Lunatic asylums Madras 1877-1891 - 1877-1891
Year: 1877
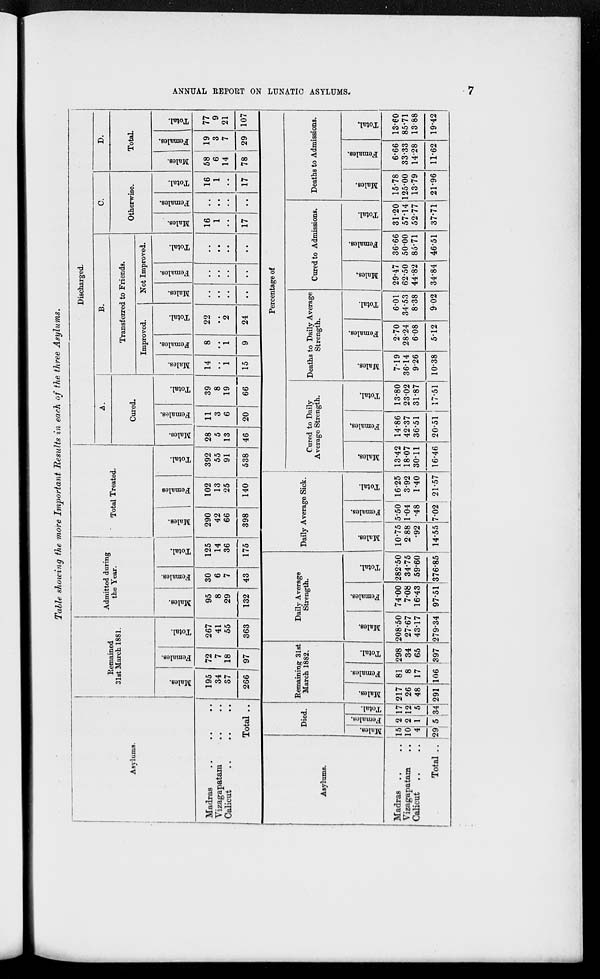
ANNUAL REPORT ON LUNATIC ASYLUMS.
7
Table showing the more Important Results in each of the three Asylums.
Asylums.
Madras .. .. ..
Vizagapatam .. ..
Calicut .. .. ..
Total ..
Remained
31st March 1881.
Males.
195
34
37
266
Females.
72
7
18
97
Total.
267
41
55
363
Admitted during
the Year.
Males.
95
8
29
132
Females.
30
6
7
43
Total.
125
14
36
175
Total Treated.
Males.
290
42
66
398
Females
102
13
25
140
Total.
392
55
91
538
Discharged.
A.
Cured.
Males.
28
5
13
46
Females.
11
3
6
20
Total.
39
8
19
66
B.
Transferred to Friends.
Improved.
Males.
14
..
1
15
Females.
8
..
1
9
Total.
22
..
2
24
Not Improved.
Males.
..
..
..
..
Females.
..
..
..
..
Total.
..
..
..
..
C.
Otherwise.
Males.
16
1
..
17
Females.
..
..
..
..
Total.
16
1
..
17
D.
Total.
Males.
58
6
14
78
Females.
19
3
7
29
Total.
77
9
21
107
Asylums.
Madras .. ..
Vizagapatam ..
Calicut .. ..
Total ..
Died.
Males.
15
10
4
29
Females.
2
2
1
5
Total.
17
12
5
34
Remaining 31st
March 1882.
Males.
217
26
48
291
Females.
81
8
17
106
Total.
298
34
65
397
Daily Average
Strength.
Males.
208.50
27.67
43.17
279.34
Females.
74.00
7.08
16.43
97.51
Total.
282.50
34.75
59.60
376.85
Daily Average Sick.
Males.
10.75
2.88
.92
14.55
Females.
5.50
1.04
.48
7.02
Total.
16.25
3.92
1.40
21.57
Percentage of
Cured to Daily
Average Strength.
Males.
13.42
18.07
30.11
16.46
Females.
14.86
42.37
36.51
20.51
Total.
13.80
23.02
31.87
17.51
Deaths to Daily Average
Strength.
Males.
7.19
36.14
9.26
10.38
Females.
2.70
28.24
6.08
5.12
Total.
6.01
34.53
8.38
9.02
Cured to Admissions.
Males.
29.47
62.50
44.82
34.84
Females.
36.66
50.00
85.71
46.51
Total.
31.20
57.14
52.77
37.71
Deaths to Admissions.
Males.
15.78
125.00
13.79
21.96
Females.
6.66
33.33
14.28
11.62
Total.
13.60
85.71
13.88
19.42